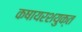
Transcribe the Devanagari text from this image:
कषायरशयुक्त